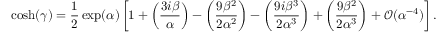
\cosh ( \gamma ) = \frac { 1 } { 2 } \exp ( \alpha ) \left[ 1 + \left( \frac { 3 i \beta } { \alpha } \right) - \left( \frac { 9 \beta ^ { 2 } } { 2 \alpha ^ { 2 } } \right) - \left( \frac { 9 i \beta ^ { 3 } } { 2 \alpha ^ { 3 } } \right) + \left( \frac { 9 \beta ^ { 2 } } { 2 \alpha ^ { 3 } } \right) + \mathcal O ( \alpha ^ { - 4 } ) \right] .